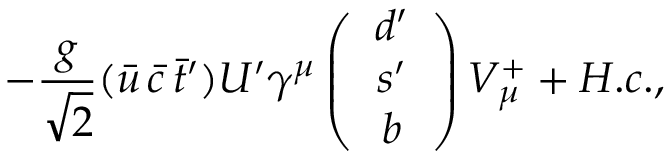
- \frac { g } { \sqrt 2 } ( \bar { u } \, \bar { c } \, \bar { t } ^ { \prime } ) U ^ { \prime } \gamma ^ { \mu } \left( \begin{array} { c } { { d ^ { \prime } } } \\ { { s ^ { \prime } } } \\ { { b } } \end{array} \right) V _ { \mu } ^ { + } + H . c . ,